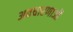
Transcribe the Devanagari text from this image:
अवधारणाऒं